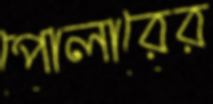
পোলারের